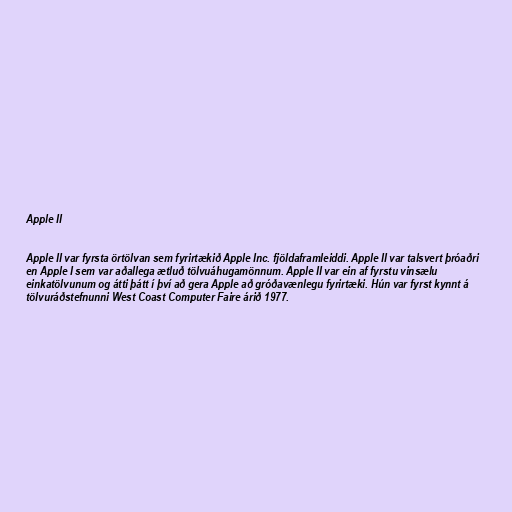
Apple II

Apple II var fyrsta örtölvan sem fyrirtækið Apple Inc. fjöldaframleiddi. Apple II var talsvert þróaðri
en Apple I sem var aðallega ætluð tölvuáhugamönnum. Apple II var ein af fyrstu vinsælu
einkatölvunum og átti þátt í því að gera Apple að gróðavænlegu fyrirtæki. Hún var fyrst kynnt á
tölvuráðstefnunni West Coast Computer Faire árið 1977.